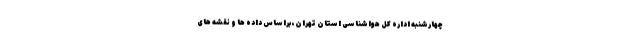
چهارشنبه اداره کل هواشناسی استان تهران، براساس داده ها و نقشه های